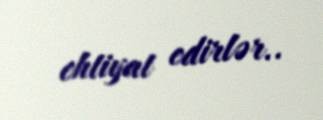
ehtiyat edirlər..